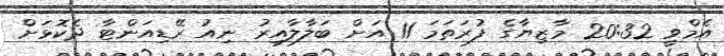
އެމްވީ 20:32 މާޒިޔާގެ ފުރަތަމަ 11 އަށް ބަލާލާއިރު ނިއު ރޭޑިއަންޓާ ދެކޮޅަށް